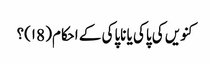
کنویں کی پاکی یا ناپاکی کے احکام( ۱8)؟